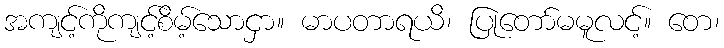
အကျင့်ကိုကျင့်စိမ့်သောငှာ။ မာပတာရယိ၊ ပြုတော်မမူလင့်။ တေ၊